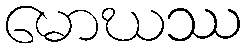
မောဃဿ